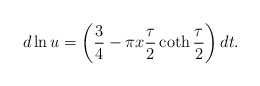
\begin{align*}d\ln u=\left(\frac34-\pi x\frac{\tau}{2}\coth\frac{\tau}{2}\right)dt.\end{align*}